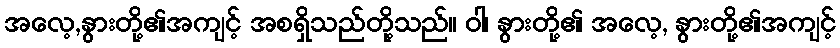
အလေ့,နွားတို့၏အကျင့် အစရှိသည်တို့သည်။ ဝါ၊ နွားတို့၏ အလေ့, နွားတို့၏အကျင့်